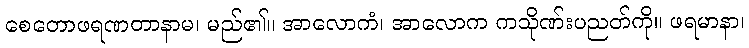
စေတောဖရဏတာနာမ၊ မည်၏။ အာလောကံ၊ အာလောက ကသိုဏ်းပညတ်ကို။ ဖရမာနာ၊